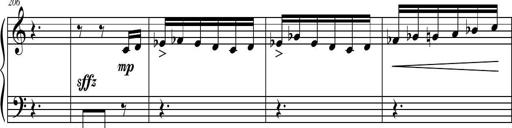
Title: Petite Sonatine
Composer: Richard St. Clair